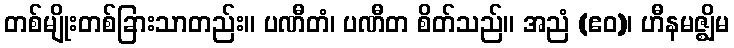
တစ်မျိုးတစ်ခြားသာတည်း။ ပဏီတံ၊ ပဏီတ စိတ်သည်။ အညံ (ဧဝ)၊ ဟီနမဇ္ဈိမ